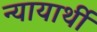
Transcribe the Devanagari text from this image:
न्यायार्थी